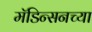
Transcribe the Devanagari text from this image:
मॅडिन्सनच्या